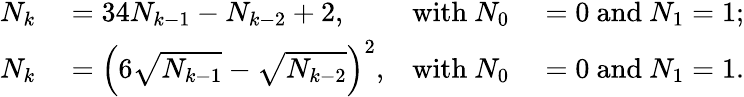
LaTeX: \begin{array}{rlrl}{N_{k}}&{{}=34N_{k-1}-N_{k-2}+2,}&{{\mathrm{with~}}N_{0}}&{{}=0{\mathrm{~and~}}N_{1}=1;}\\ {N_{k}}&{{}=\left(6{\sqrt{N_{k-1}}}-{\sqrt{N_{k-2}}}\right)^{2},}&{{\mathrm{with~}}N_{0}}&{{}=0{\mathrm{~and~}}N_{1}=1.}\end{array}